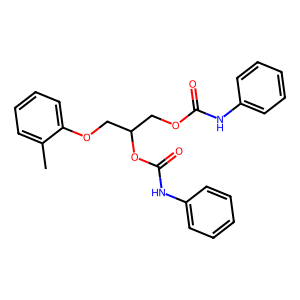
SMILES: Cc1ccccc1OCC(COC(=O)Nc1ccccc1)OC(=O)Nc1ccccc1
Inhibits HIV replication: No